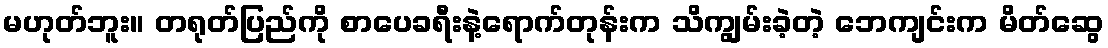
မဟုတ်ဘူး။ တရုတ်ပြည်ကို စာပေခရီးနဲ့ရောက်တုန်းက သိကျွမ်းခဲ့တဲ့ ဘေကျင်းက မိတ်ဆွေ